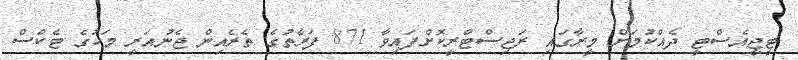
ޓީޖީއެސްޓީ ދެއްކުމަށް މީރާގައި ރަޖިސްޓްރީކޮށްފައިވާ 871 ފަރާތުގެ ތެރެއިން ޖެނުއަރީ މަހުގެ ޓެކްސް